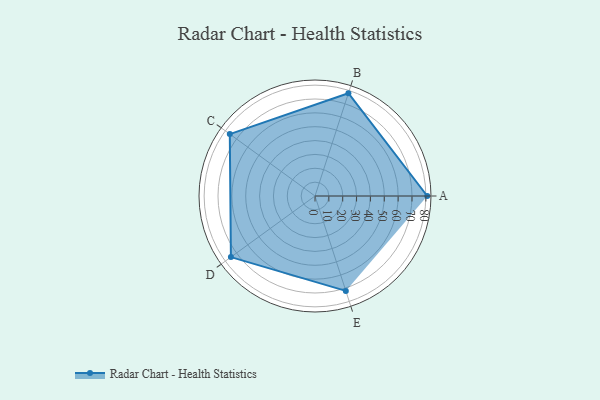
{"axis": {"x": "Skill", "y": "Score"}, "legend": ["Profile"], "data": [{"x": "A", "y": 81.0, "type": "Profile"}, {"x": "B", "y": 78.0, "type": "Profile"}, {"x": "C", "y": 76.0, "type": "Profile"}, {"x": "D", "y": 75.0, "type": "Profile"}, {"x": "E", "y": 72.0, "type": "Profile"}]}